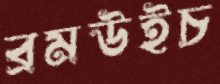
ব্রমউইচ